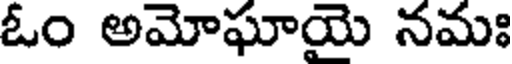
ఓం అమోఘాయె నమః